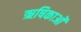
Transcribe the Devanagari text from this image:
ऋषिकाओं